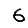
Digit: 6